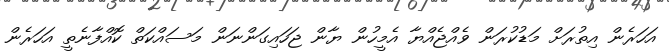
އަހަރެެން އިތުރަށް މަޑުކުރަން ވެއްޖެއްޔާ އެމީހުން ޔާން ޖަހައިގަންނަން މަސައްކަތް ކޮއްފާނެތީ އަހަރެން